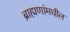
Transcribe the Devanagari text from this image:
ब्राह्मणांमधील